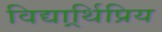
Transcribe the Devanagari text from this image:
विद्यार्र्थिप्रिय